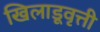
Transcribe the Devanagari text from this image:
खिलाडूवृत्ती